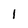
Character: 1